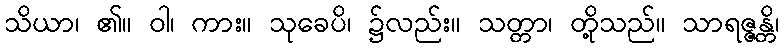
သိယာ၊ ၏။ ဝါ၊ ကား။ သုခေပိ၊ ၌လည်း။ သတ္တာ၊ တို့သည်။ သာရဇ္ဇန္တိ၊